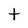
Character: t